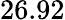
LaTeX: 26.92